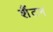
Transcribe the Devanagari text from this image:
शैंटन